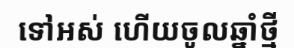
ទៅអស់ ហើយចូលឆ្នាំថ្មី